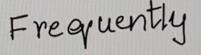
Frequently